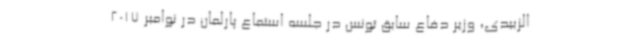
الزبیدی، وزیر دفاع سابق تونس در جلسه استماع پارلمان در نوامبر 2017